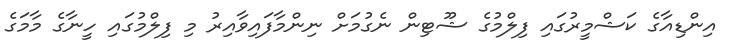
އިންޑިއާގެ ކަޝްމީރުގައި ފިލްމުގެ ޝޫޓިން ނެގުމަށް ނިންމާފައިވާއިރު މި ފިލްމުގައި ހީނާގެ މާމަގެ